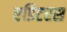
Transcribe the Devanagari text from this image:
एडिटरस